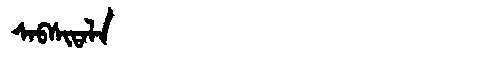
Manchu: ᠰᠠᠪᠰᡳᡨᠠᠯᠠ
Romanization: SABSITALA